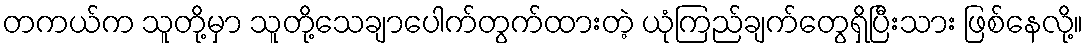
တကယ်က သူတို့မှာ သူတို့သေချာပေါက်တွက်ထားတဲ့ ယုံကြည်ချက်တွေရှိပြီးသား ဖြစ်နေလို့။